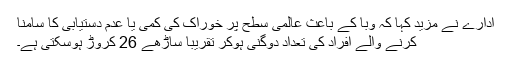
ادارے نے مزید کہا کہ وبا کے باعث عالمی سطح پر خوراک کی کمی یا عدم دستیابی کا سامنا
کرنے والے افراد کی تعداد دوگنی ہوکر تقریباً ساڑھے 26 کروڑ ہوسکتی ہے۔